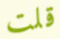
قلت